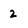
Character: 2